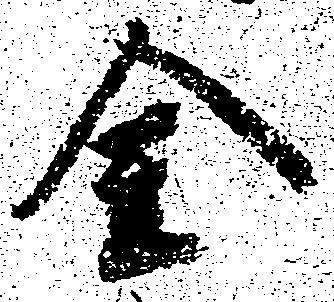
金